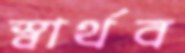
স্বার্থব